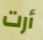
أرت